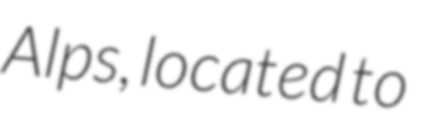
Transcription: Alps, located to